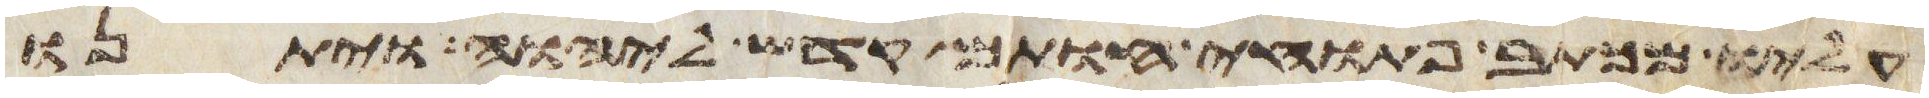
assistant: עליו מכתב פתוחי חותם קדש ליהוה ויתנו